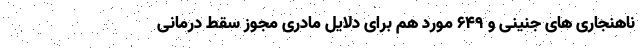
ناهنجاری های جنینی و ۶۴۹ مورد هم برای دلایل مادری مجوز سقط درمانی